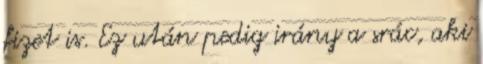
fizet is. Ez után pedig irány a srác, aki